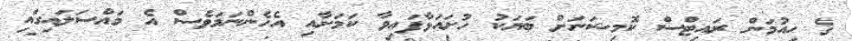
ގެ ހިއުމަން ރައިޓްސް ކޮމިޝަނަށް ބަޔަކު ހުށައަޅާފައިވާ ކަމަށާއި އެހެންނަމަވެސް އެ މައްސަލައިގައި